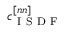
c _ { \mathrm { ~ I ~ S ~ D ~ F ~ } } ^ { [ n n ] }